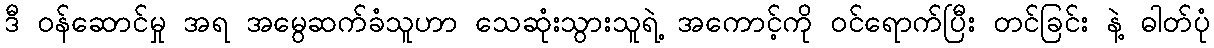
ဒီ ဝန်ဆောင်မှု အရ အမွေဆက်ခံသူဟာ သေဆုံးသွားသူရဲ့ အကောင့်ကို ဝင်ရောက်ပြီး တင်ခြင်း နဲ့ ဓါတ်ပုံ